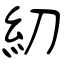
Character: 糿